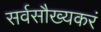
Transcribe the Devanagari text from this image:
सर्वसौख्यकरं